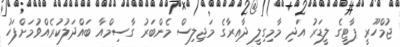
ޖުމްހޫރީ ޕާޓީގެ ލީޑަރު އަދި މާމިގިލީ ދާއިރާގެ މަޖިލިސް މެންބަރު ގާސިމްއާ ބައްދަލުކުރެއްވުމަށްފަހު